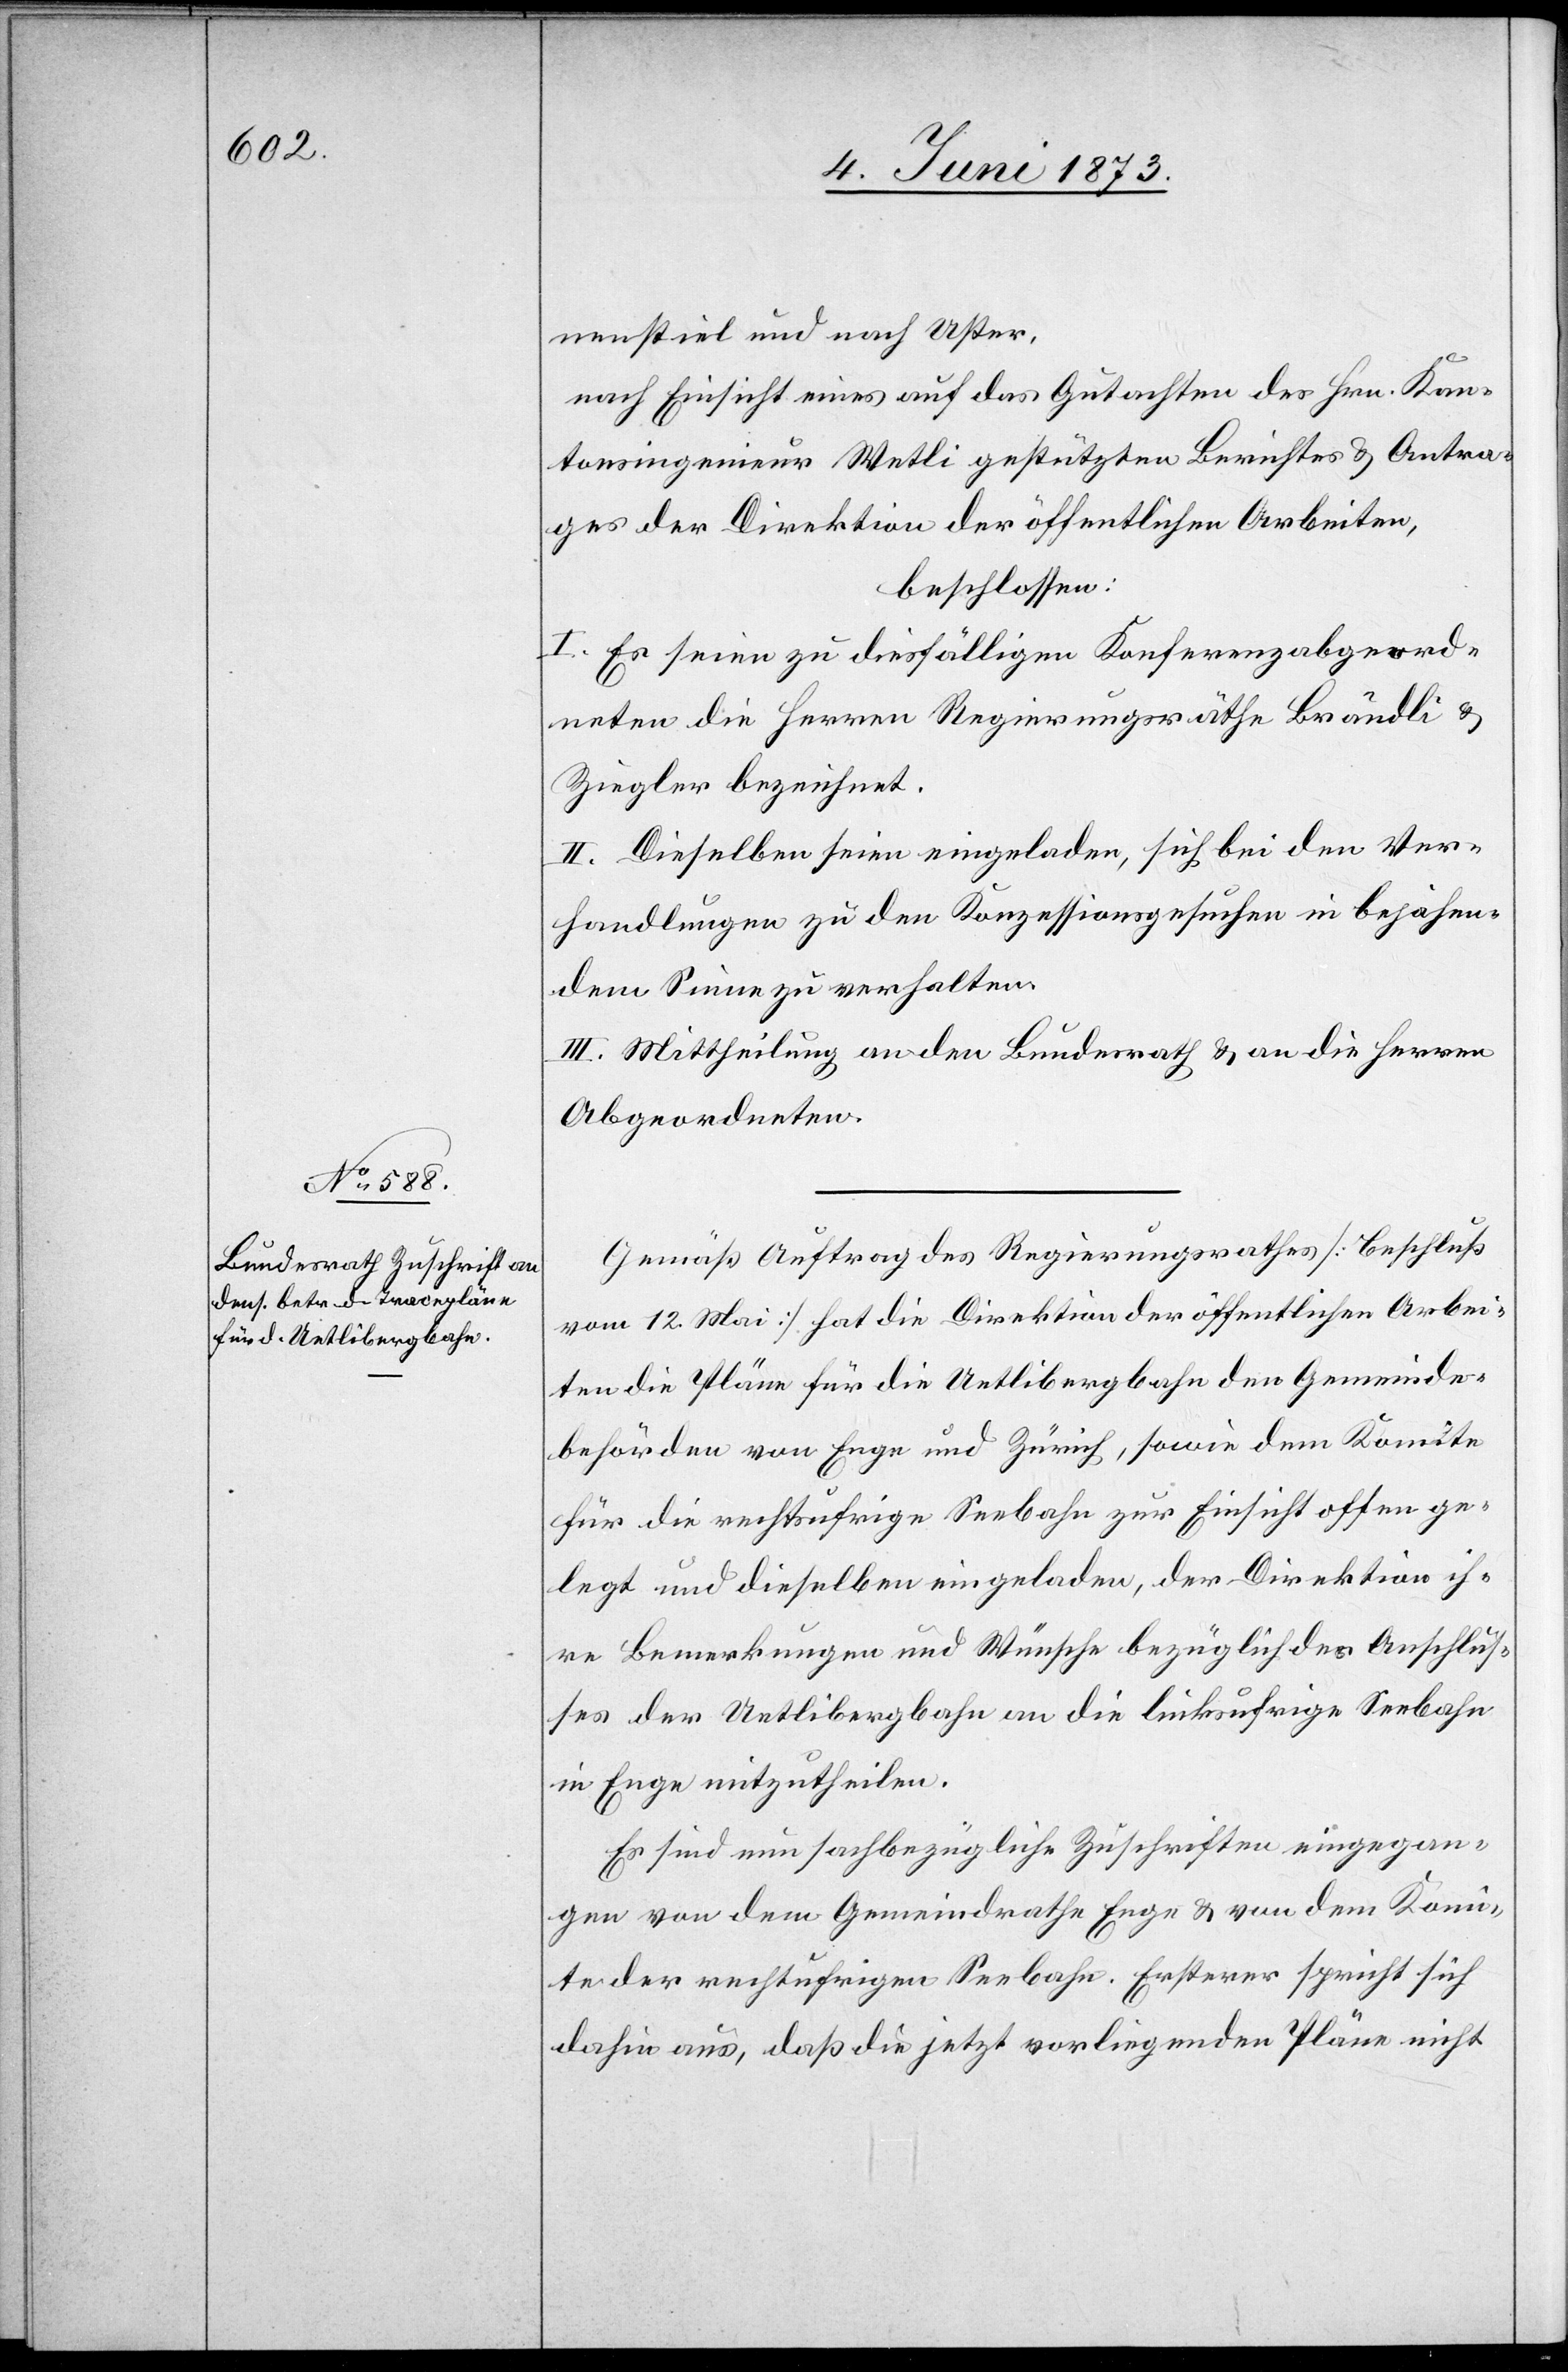
nenstiel und nach Uster,
nach Einsicht eines auf das Gutachten des Hrn. Kan¬
tonsingenieur Wetli gestützten Berichtes & Antra¬
ges der Direktion der öffentlichen Arbeiten,
beschlossen:
I. Es seien zu diesfällligen Konferenzabgeord¬
neten die Herren Regierungsräthe Brändli &
Ziegler bezeichnet.
II. Dieselben seien eingeladen, sich bei den Ver¬
handlungen zu den Konzessionsgesuchen in bejahen¬
dem Sinne zu verhalten.
II. Mittheilung an den Bundesrath & an die Herren
Abgeordneten.
Gemäß Auftrag des Regierungsrathes [Beschluß
vom 12. Mai] hat die Direktion der öffentlichen Arbei¬
ten die Pläne für die Uetlibergbahn den Gemeinde¬
behörden von Enge und Zürich, sowie dem Komitee
für die rechtsufrige Seebahn zur Einsicht offen ge¬
legt und dieselben eingeladen, der Direktion ih¬
re Bemerkungen und Wünsche bezüglich des Anschlus¬
ses der Uetlibergbahn an die linksufrige Seebahn
in Enge mitzutheilen.
Es sind nun sachbezügliche Zuschriften eingegan¬
gen von dem Gemeindrathe Enge & von dem Kom¬
itee der rechtufrigen [sic!] Seebahn. Ersterer spricht sich
dahin aus, daß die jetzt vorliegenden Pläne nicht